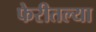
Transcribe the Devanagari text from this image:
फेरीतल्या